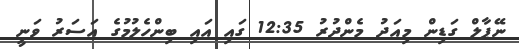
ނޭޕާލް ގަޑިން މިއަދު މެންދުރު 12:35 ގައި އައި ބިންހެލުމުގެ އަސަރު ވަނީ